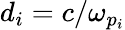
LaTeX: d_{i}=c/\omega_{p_{i}}